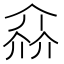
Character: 𠌕